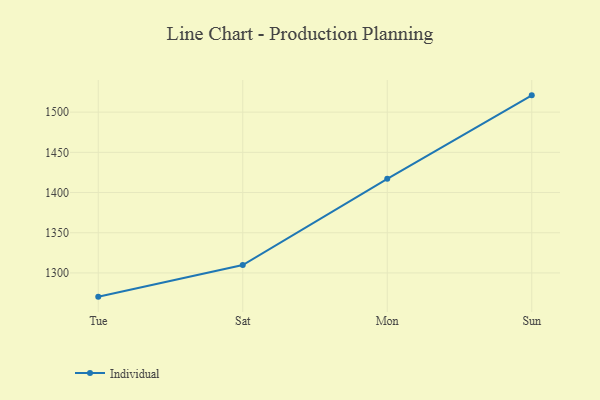
{"axis": {"x": "Day", "y": "Satisfaction Score"}, "legend": ["Individual"], "data": [{"x": "Tue", "y": 1270.5, "type": "Individual"}, {"x": "Sat", "y": 1309.8, "type": "Individual"}, {"x": "Mon", "y": 1417.1, "type": "Individual"}, {"x": "Sun", "y": 1520.9, "type": "Individual"}]}